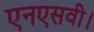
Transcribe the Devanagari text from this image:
एनएसवी।